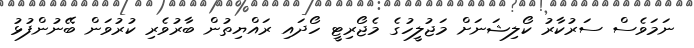
ނަމަވެސް ސަރުކާރު ކޯލިޝަނަށް މަޖުލީހުގެ މެޖޯރިޓީ ހޯދައި ރައްޔިތުން ބާރުވެރި ކުރުވަން ބޭނުންފުޅު